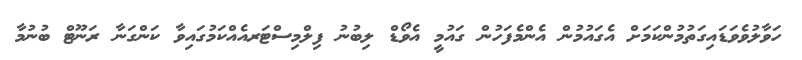
ހަވާލުވެވަޑައިގަތުމުންކަމަށް އެގައުމުން އެންމެފަހުން ގައުމީ އެވޯޑް ލިބުނު ފިލްމިސްޓަރއެއްކަމުގައިވާ ކަންގަނާ ރަނޫޓް ބުނުމާ